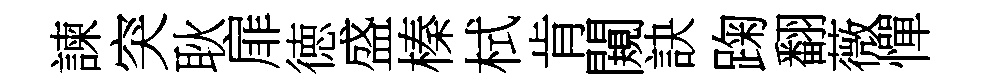
諫突耿扉徳盛榛栻肯闚訣踘翻薇憚